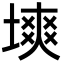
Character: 塽